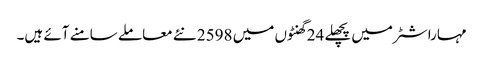
مہاراشٹر میں پچھلے 24 گھنٹوں میں 2598 نئے معاملے سامنے آئے ہیں۔